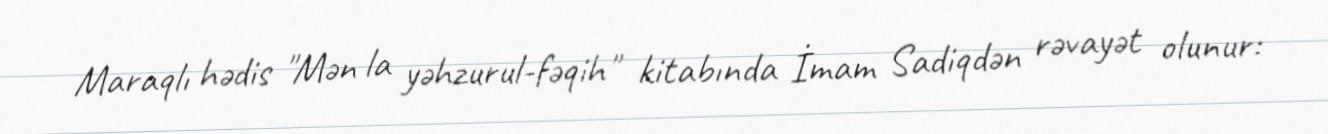
Maraqlı hədis "Mən la yəhzurul-fəqih" kitabında İmam Sadiqdən rəvayət olunur: